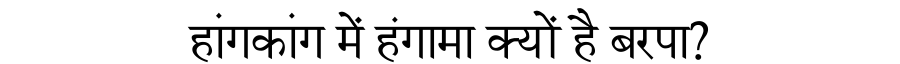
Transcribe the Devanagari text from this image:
हांगकांग में हंगामा क्यों है बरपा?